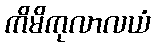
ကိမိကုလာလယံ